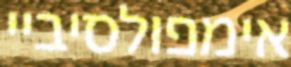
אימפולסיביי